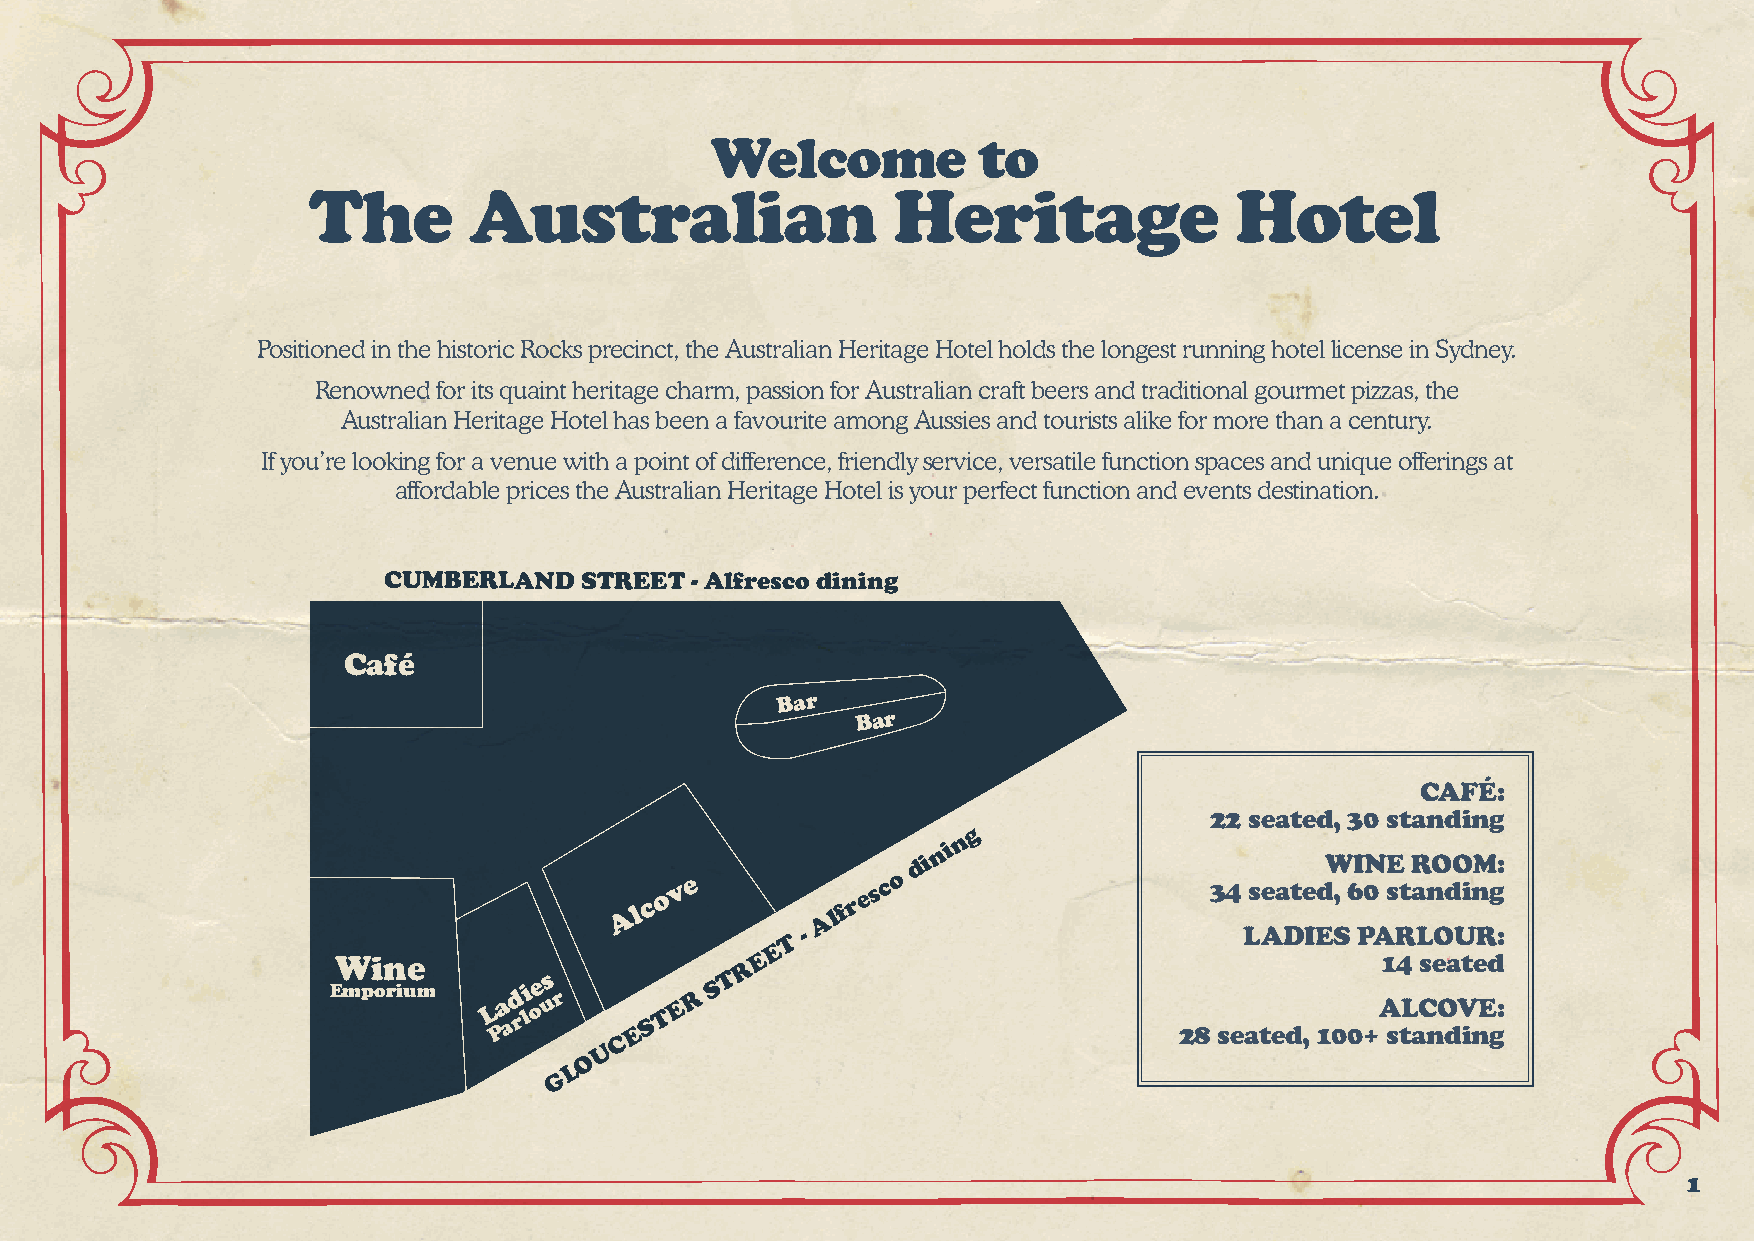
Welcome           to
 The        Australian                  Heritage               Hotel
 Positioned in the historic Rocks precinct, the Australian Heritage Hotel holds the longest running hotel license in Sydney.
 Renowned for its quaint heritage charm, passion for Australian craft beers and traditional gourmet pizzas, the
 Australian Heritage Hotel has been a favourite among Aussies and tourists alike for more than a century.
 If you’re looking for a venue with a point of difference, friendly service, versatile function spaces and unique offerings at
 affordable prices the Australian Heritage Hotel is your perfect function and events destination.
 CUMBERLAND   STREET  - Alfresco dining
 Café
 Bar
 Bar
 CAFÉ:
 22 seated, 30 standing
 g
 n
 n i
 d i                        WINE ROOM:
 o v e        e s c o                34 seated, 60 standing
 c            r
 A l          A lf
 T
 -                            LADIES  PARLOUR:
 E
 Wine                       R E                                       14 seated
 Emporium
 L Pa
 a
 d rli oe us r
 E
 S
 T E
 R S T
 28 seated,
 100+A stL aC nO dV inE g:
 C
 U
 O
 L
 G
 1